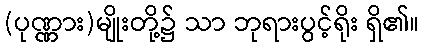
(ပုဏ္ဏား)မျိုးတို့၌ သာ ဘုရားပွင့်ရိုး ရှိ၏။